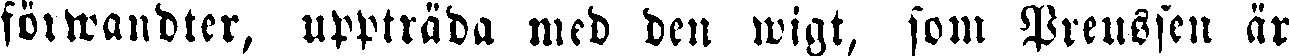
förwandter, uppträda med den wigt, som Preussen är